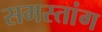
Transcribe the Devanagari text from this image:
समस्तांग